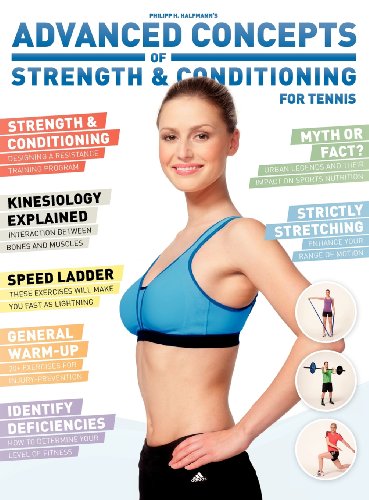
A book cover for Advanced Concepts of Strength & Conditioning for Tennis; Philipp Halfmann; Sports & Outdoors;